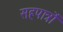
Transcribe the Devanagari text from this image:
सहपात्रों